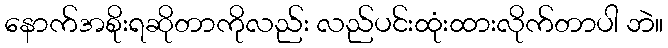
နောက်အစိုးရဆိုတာကိုလည်း လည်ပင်းထုံးထားလိုက်တာပါ ဘဲ။